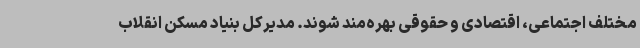
مختلف اجتماعی، اقتصادی و حقوقی بهره‌مند شوند. مدیرکل بنیاد مسکن انقلاب